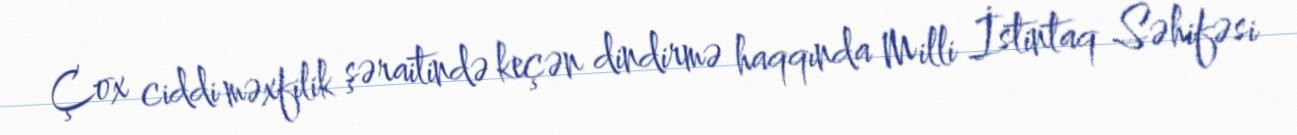
Çox ciddi məxfilik şəraitində keçən dindirmə haqqında Milli İstintaq Səhifəsi